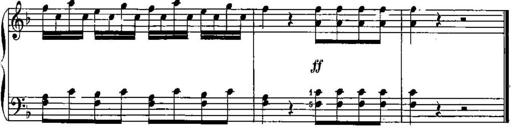
Title: Trois sonatines
Composer: Maurice Emmanuel